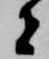
者